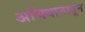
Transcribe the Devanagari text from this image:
अभिधानातून